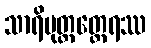
သာရိပုတ္တတ္ထေရဿ